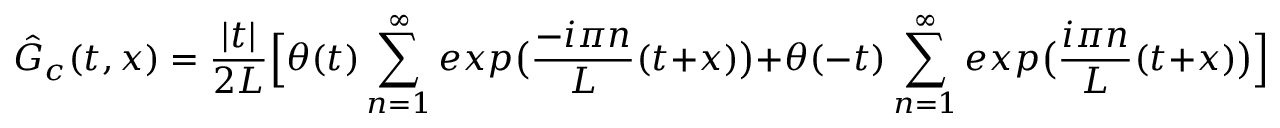
\hat { G } _ { c } ( t , x ) = { \frac { | t | } { 2 L } } \Big [ \theta ( t ) \sum _ { n = 1 } ^ { \infty } e x p \big ( { \frac { - i \pi n } { L } } ( t + x ) \big ) + \theta ( - t ) \sum _ { n = 1 } ^ { \infty } e x p \big ( { \frac { i \pi n } { L } } ( t + x ) \big ) \Big ] .